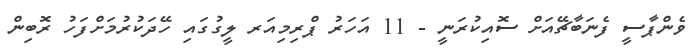
ވެންޕާސީ ފެނަބާޗޭއަށް ސޮއިކުރަނީ - 11 އަހަރު ޕްރިމިއަރ ލީގުގައި ހޭދަކުރުމަށްފަހު ރޮބިން